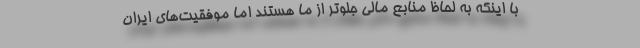
با اینکه به لحاظ منابع مالی جلوتر از ما هستند اما موفقیت‌های ایران